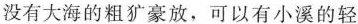
没有大海的粗犷豪放，可以有小溪的轻